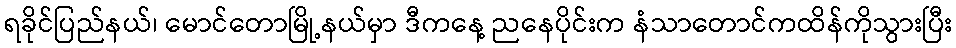
ရခိုင်ပြည်နယ်၊ မောင်တောမြို့နယ်မှာ ဒီကနေ့ ညနေပိုင်းက နံသာတောင်ကထိန်ကိုသွားပြီး